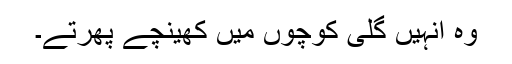
وہ انہیں گلی کوچوں میں کھینچے پھرتے۔